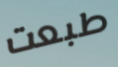
طبعت